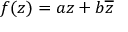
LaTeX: f ( z ) = a z + b { \overline { { z } } }